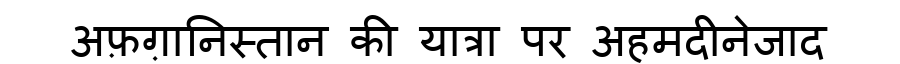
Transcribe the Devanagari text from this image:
अफ़ग़ानिस्तान की यात्रा पर अहमदीनेजाद